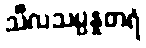
သီလသမ္ပန္နတရံ